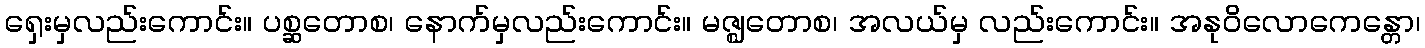
ရှေးမှလည်းကောင်း။ ပစ္ဆတောစ၊ နောက်မှလည်းကောင်း။ မဇ္ဈတောစ၊ အလယ်မှ လည်းကောင်း။ အနုဝိလောကေန္တော၊